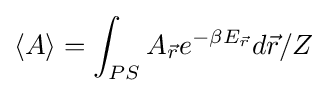
\langle A\rangle =\int _{PS}A_{\vec {r}}e^{-\beta E_{\vec {r}}}d{\vec {r}}/Z